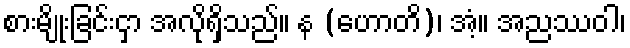
စားမျိုးခြင်းငှာ အလိုရှိသည်။ န (ဟောတိ)၊ အံ့။ အညဿဝါ၊